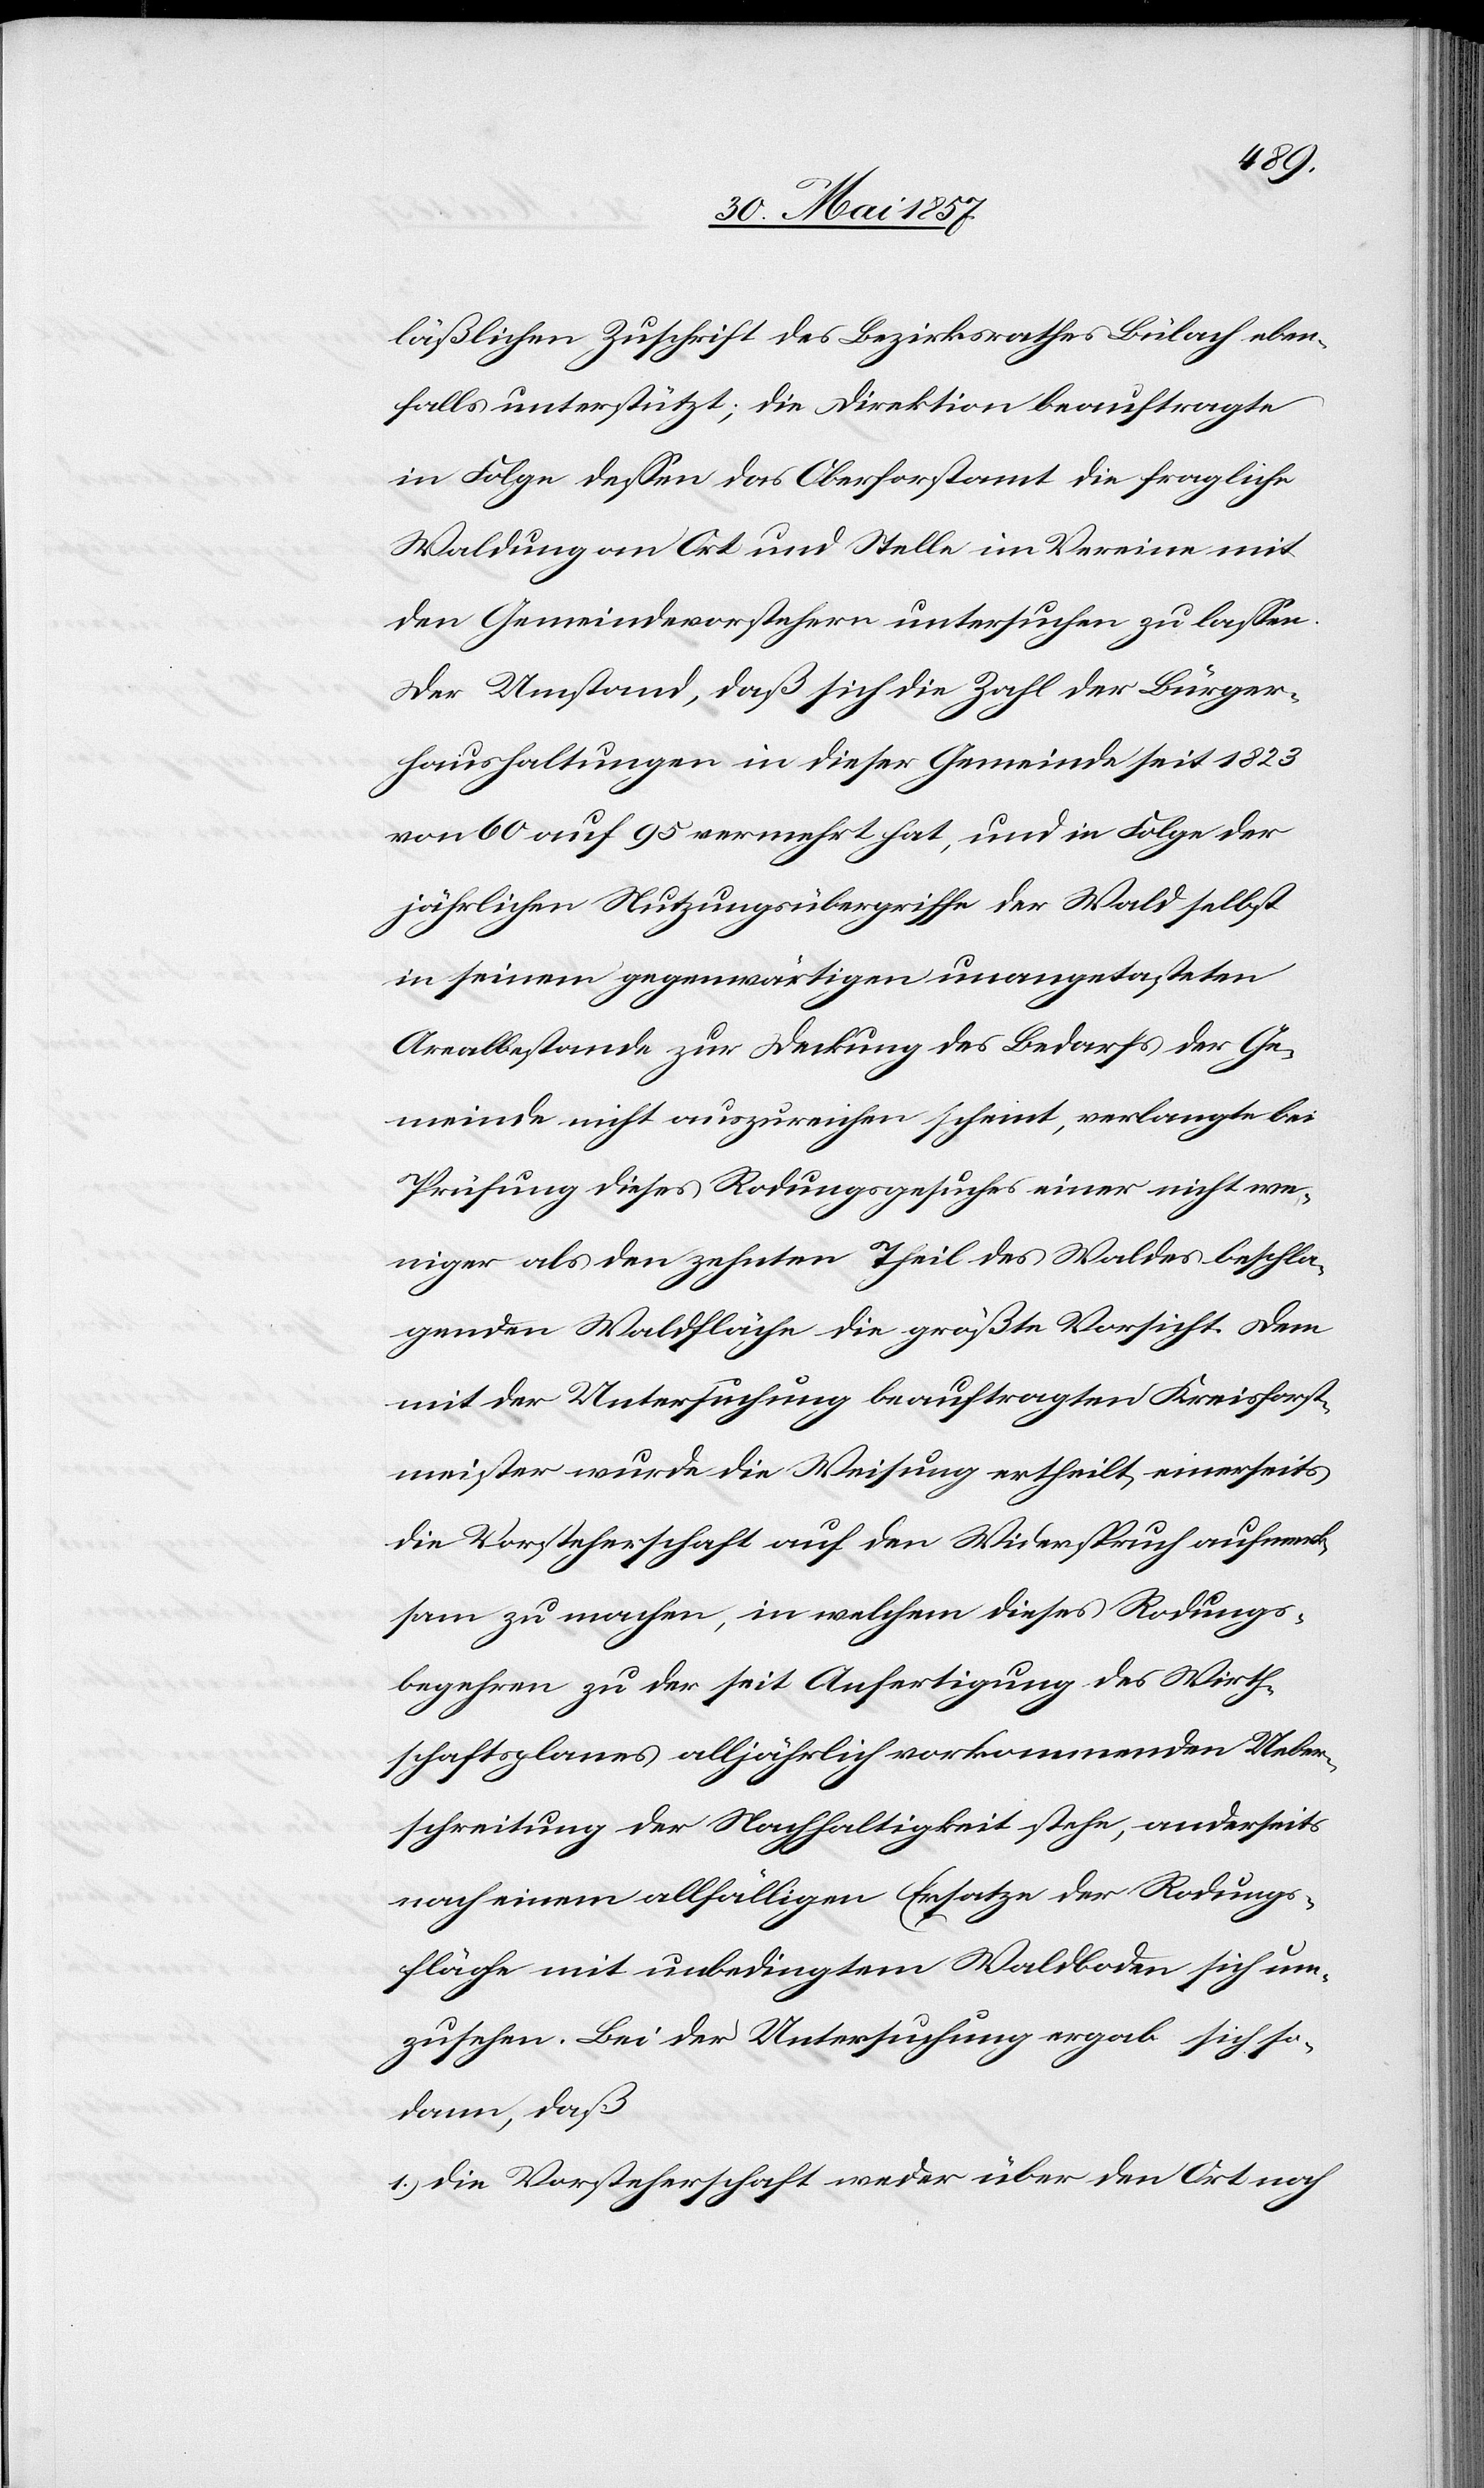
läßlichen Zuschrift des Bezirksrathes Bülach eben¬
um¬
falls unterstützt, die Direktion beauftragte
in Folge dessen das Oberforstamt die fragliche
Waldung an Ort und Stelle im Vereine mit
den Gemeindevorstehern untersuchen zu lassen.
Der Umstand, daß sich die Zahl der Bürger¬
haushaltungen in dieser Gemeinde seit 1823
von 60 auf 95 vermehrt hat, und in Folge der
jährlichen Nutzungsübergriffe der Wald selbst
in seinem gegenwärtigen unangetasteten
Arealbestande zur Deckung des Bedarfs der Ge¬
meinde nicht auszureichen scheint, verlangte bei
Prüfung dieses Rodungsgesuches einer nicht we¬
niger als den zehnten Theil des Waldes beschla¬
genden Waldfläche die größte Vorsicht. Dem
mit der Untersuchung beauftragten Kreisforst¬
meister wurde die Weisung ertheilt einerseits
die Vorsteherschaft auf den Widerspruch aufmerk¬
sam zu machen, in welchem dieses Rodungs¬
begehren zu der seit Anfertigung des Wirth¬
schaftsplanes alljährlich vorkommenden Ueber¬
schreitung der Nachhaltigkeit stehe, anderseits
zusehen. Bei der Untersuchung ergab sich so¬
dann, daß
1.) die Vorsteherschaft weder über den Ort noch